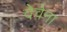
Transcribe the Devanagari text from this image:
देवेना